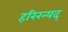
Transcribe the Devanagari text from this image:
हरिरन्यद्